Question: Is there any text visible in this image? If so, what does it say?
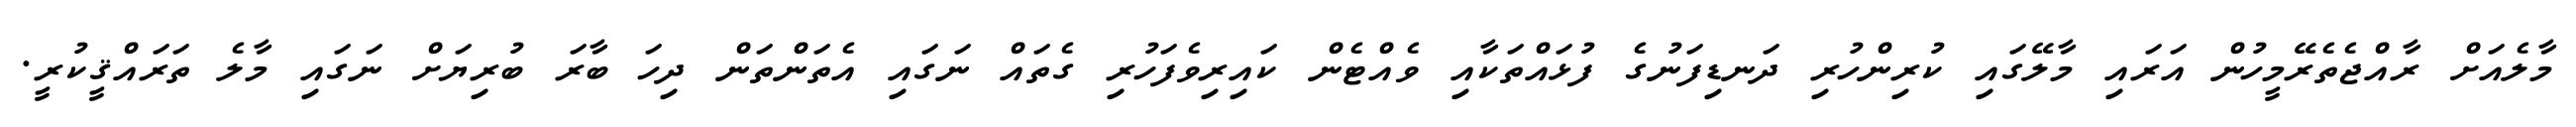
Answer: މާލެއަށް ރާއްޖެތެރޭމީހުން އަރައި މާލޭގައި ކުރިންހުރި ދަނޑިފަނުގެ ފުޅައްތަކާއި ވެއްޓެން ކައިރިވެފަހުރި ގެތައް ނަގައި އެތަންތަން ދިހަ ބާރަ ބުރިޔަށް ނަގައި މާލެ ތަރައްޤީކުރީ.